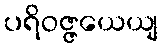
ပရိဝဇ္ဇယေယျ